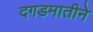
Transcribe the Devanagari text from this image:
दगडमातीने